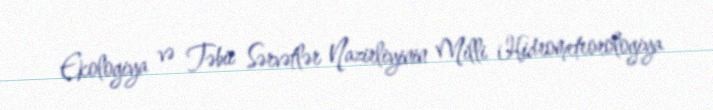
Ekologiya və Təbii Sərvətlər Nazirliyinin Milli Hidrometeorologiya